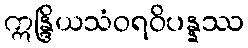
ဣန္ဒြိယသံဝရဝိပန္နဿ